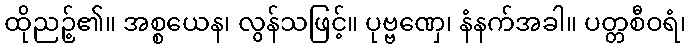
ထိုညဉ့်၏။ အစ္စယေန၊ လွန်သဖြင့်။ ပုဗ္ဗဏှေ၊ နံနက်အခါ။ ပတ္တစီဝရံ၊